Reports on dispensaries and lunatic asylums in the Province of Oudh - 1869-1876
Year: 1869
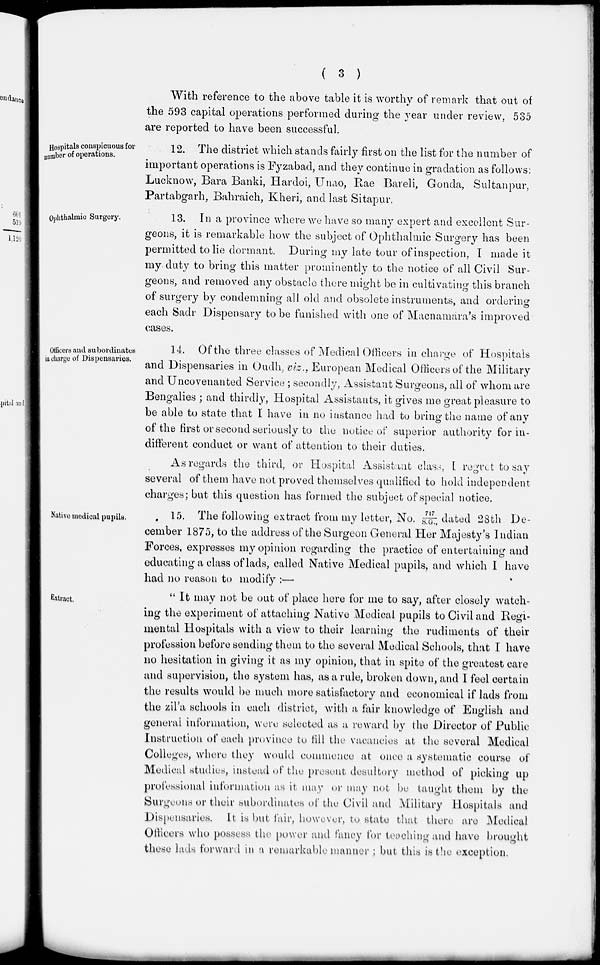
( 3 )
With reference to the above table it is worthy of remark that out of
the 593 capital operations performed during the year under review, 535
are reported to have been successful.
Hospitals conspicuous for
number of operations.
12. The district which stands fairly first on the list for the number of
important operations is Fyzabad, and they continue in gradation as follows:
Lucknow, Bara Banki, Hardoi, Unao, Rae Bareli, Gonda, Sultanpur,
Partabgarh, Bahraich, Kheri, and last Sitapur.
Ophthalmic Surgery.
13. In a province where we have so many expert and excellent Sur-
geons, it is remarkable how the subject of Ophthalmic Surgery has been
permitted to lie dormant. During my late tour of inspection, I made it
my duty to bring this matter prominently to the notice of all Civil Sur-
geons, and removed any obstacle there might be in cultivating this branch
of surgery by condemning all old and obsolete instruments, and ordering
each Sadr Dispensary to be funished with one of Macnamara's improved
cases.
Officers and subordinates
in charge of Dispensaries.
14. Of the three classes of Medical Officers in charge of Hospitals
and Dispensaries in Oudh, viz., European Medical Officers of the Military
and Uncovenanted Service ; secondly, Assistant Surgeons, all of whom are
Bengalies ; and thirdly, Hospital Assistants, it gives me great pleasure to
be able to state that I have in no instance had to bring the name of any
of the first or second seriously to the notice of superior authority for in-
different conduct or want of attention to their duties.
As regards the third, or Hospital Assistant class, I regret to say
several of them have not proved themselves qualified to hold independent
charges; but this question has formed the subject of special notice.
Native medical pupils.
15. The following extract from my letter, No. 717/S.G., dated 28th De-
cember 1875, to the address of the Surgeon General Her Majesty's Indian
Forces, expresses my opinion regarding the practice of entertaining and
educating a class of lads, called Native Medical pupils, and which I have
had no reason to modify :—
Extract.
"It may not be out of place here for me to say, after closely watch-
ing the experiment of attaching Native Medical pupils to Civil and Regi-
mental Hospitals with a view to their learning the rudiments of their
profession before sending them to the several Medical Schools, that I have
no hesitation in giving it as my opinion, that in spite of the greatest care
and supervision, the system has, as a rule, broken down, and I feel certain
the results would be much more satisfactory and economical if lads from
the zil'a schools in each district, with a fair knowledge of English and
general information, were selected as a reward by the Director of Public
Instruction of each province to fill the vacancies at the several Medical
Colleges, where they would commence at once a systematic course of
Medical studies, instead of the present desultory method of picking up
professional information as it may or may not be taught them by the
Surgeons or their subordinates of the Civil and Military Hospitals and
Dispensaries. It is but fair, however, to state that there are Medical
Officers who possess the power and fancy for teaching and have brought
these lads forward in a remarkable manner ; but this is the exception.